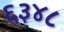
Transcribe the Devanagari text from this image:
६३४८